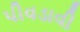
પીવડાવી